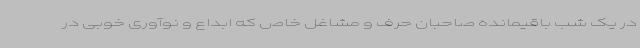
در یک شب باقیمانده صاحبان حرف و مشاغل خاص که ابداع و نوآوری خوبی در